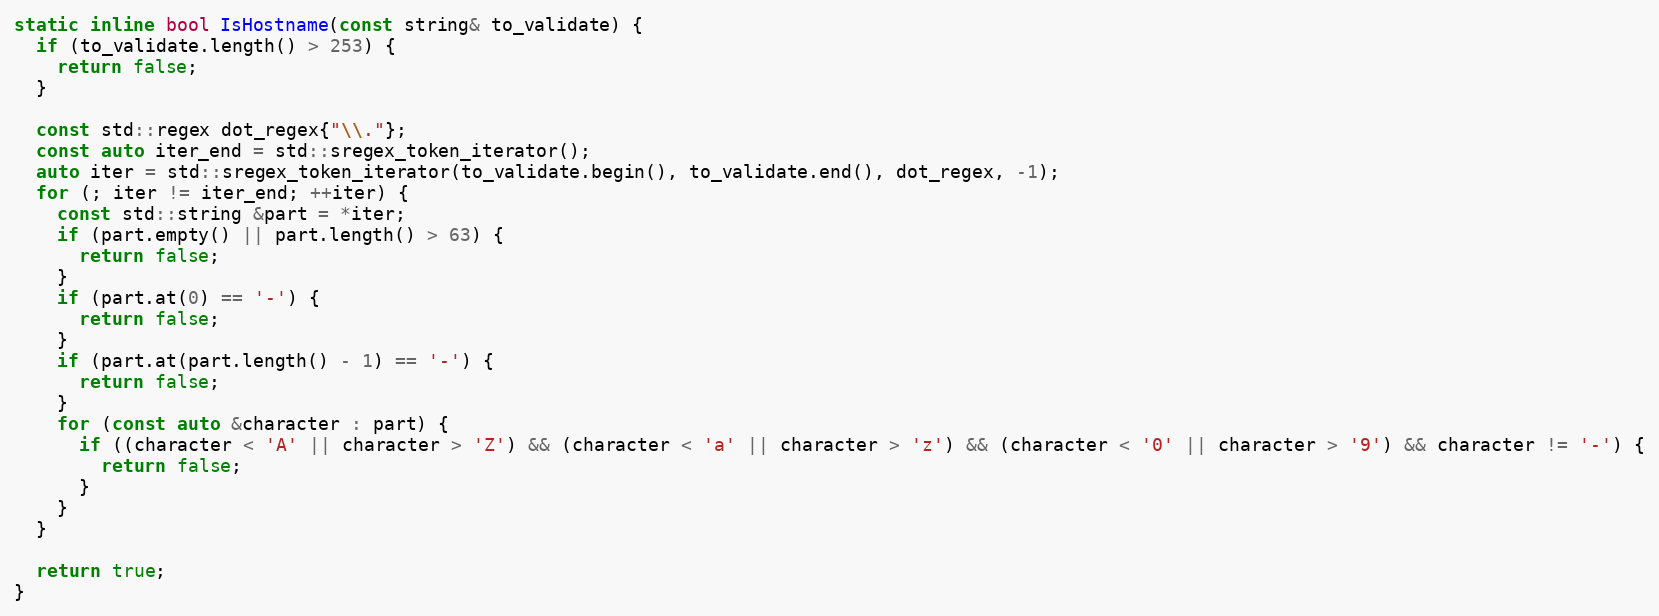
Language: C
static inline bool IsHostname(const string& to_validate) {
  if (to_validate.length() > 253) {
    return false;
  }

  const std::regex dot_regex{"\\."};
  const auto iter_end = std::sregex_token_iterator();
  auto iter = std::sregex_token_iterator(to_validate.begin(), to_validate.end(), dot_regex, -1);
  for (; iter != iter_end; ++iter) {
    const std::string &part = *iter;
    if (part.empty() || part.length() > 63) {
      return false;
    }
    if (part.at(0) == '-') {
      return false;
    }
    if (part.at(part.length() - 1) == '-') {
      return false;
    }
    for (const auto &character : part) {
      if ((character < 'A' || character > 'Z') && (character < 'a' || character > 'z') && (character < '0' || character > '9') && character != '-') {
        return false;
      }
    }
  }

  return true;
}